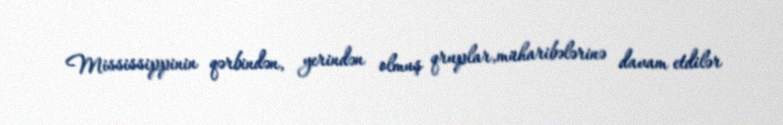
Mississippinin qərbindən, yerindən olmuş qruplar,müharibələrinə davam etdilər